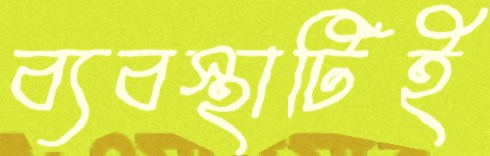
ব্যবস্থাটিই